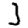
Digit: 3